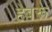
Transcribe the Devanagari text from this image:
हेबरू